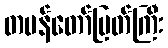
တမန်တော်မြတ်ကြီး